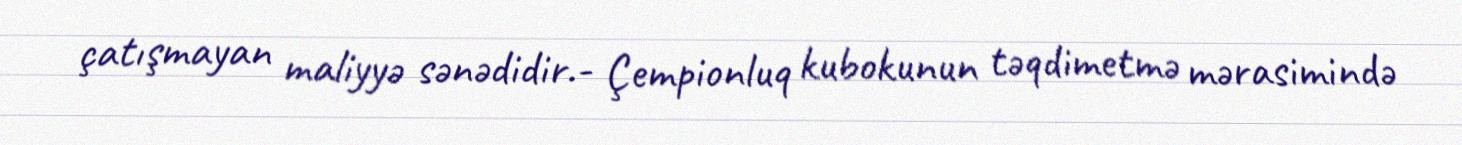
çatışmayan maliyyə sənədidir.- Çempionluq kubokunun təqdimetmə mərasimində